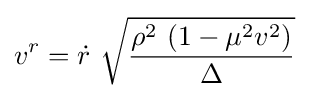
v^{r}={\dot {r}}\ {\sqrt {\frac {\rho ^{2}\ (1-\mu ^{2}v^{2})}{\Delta }}}